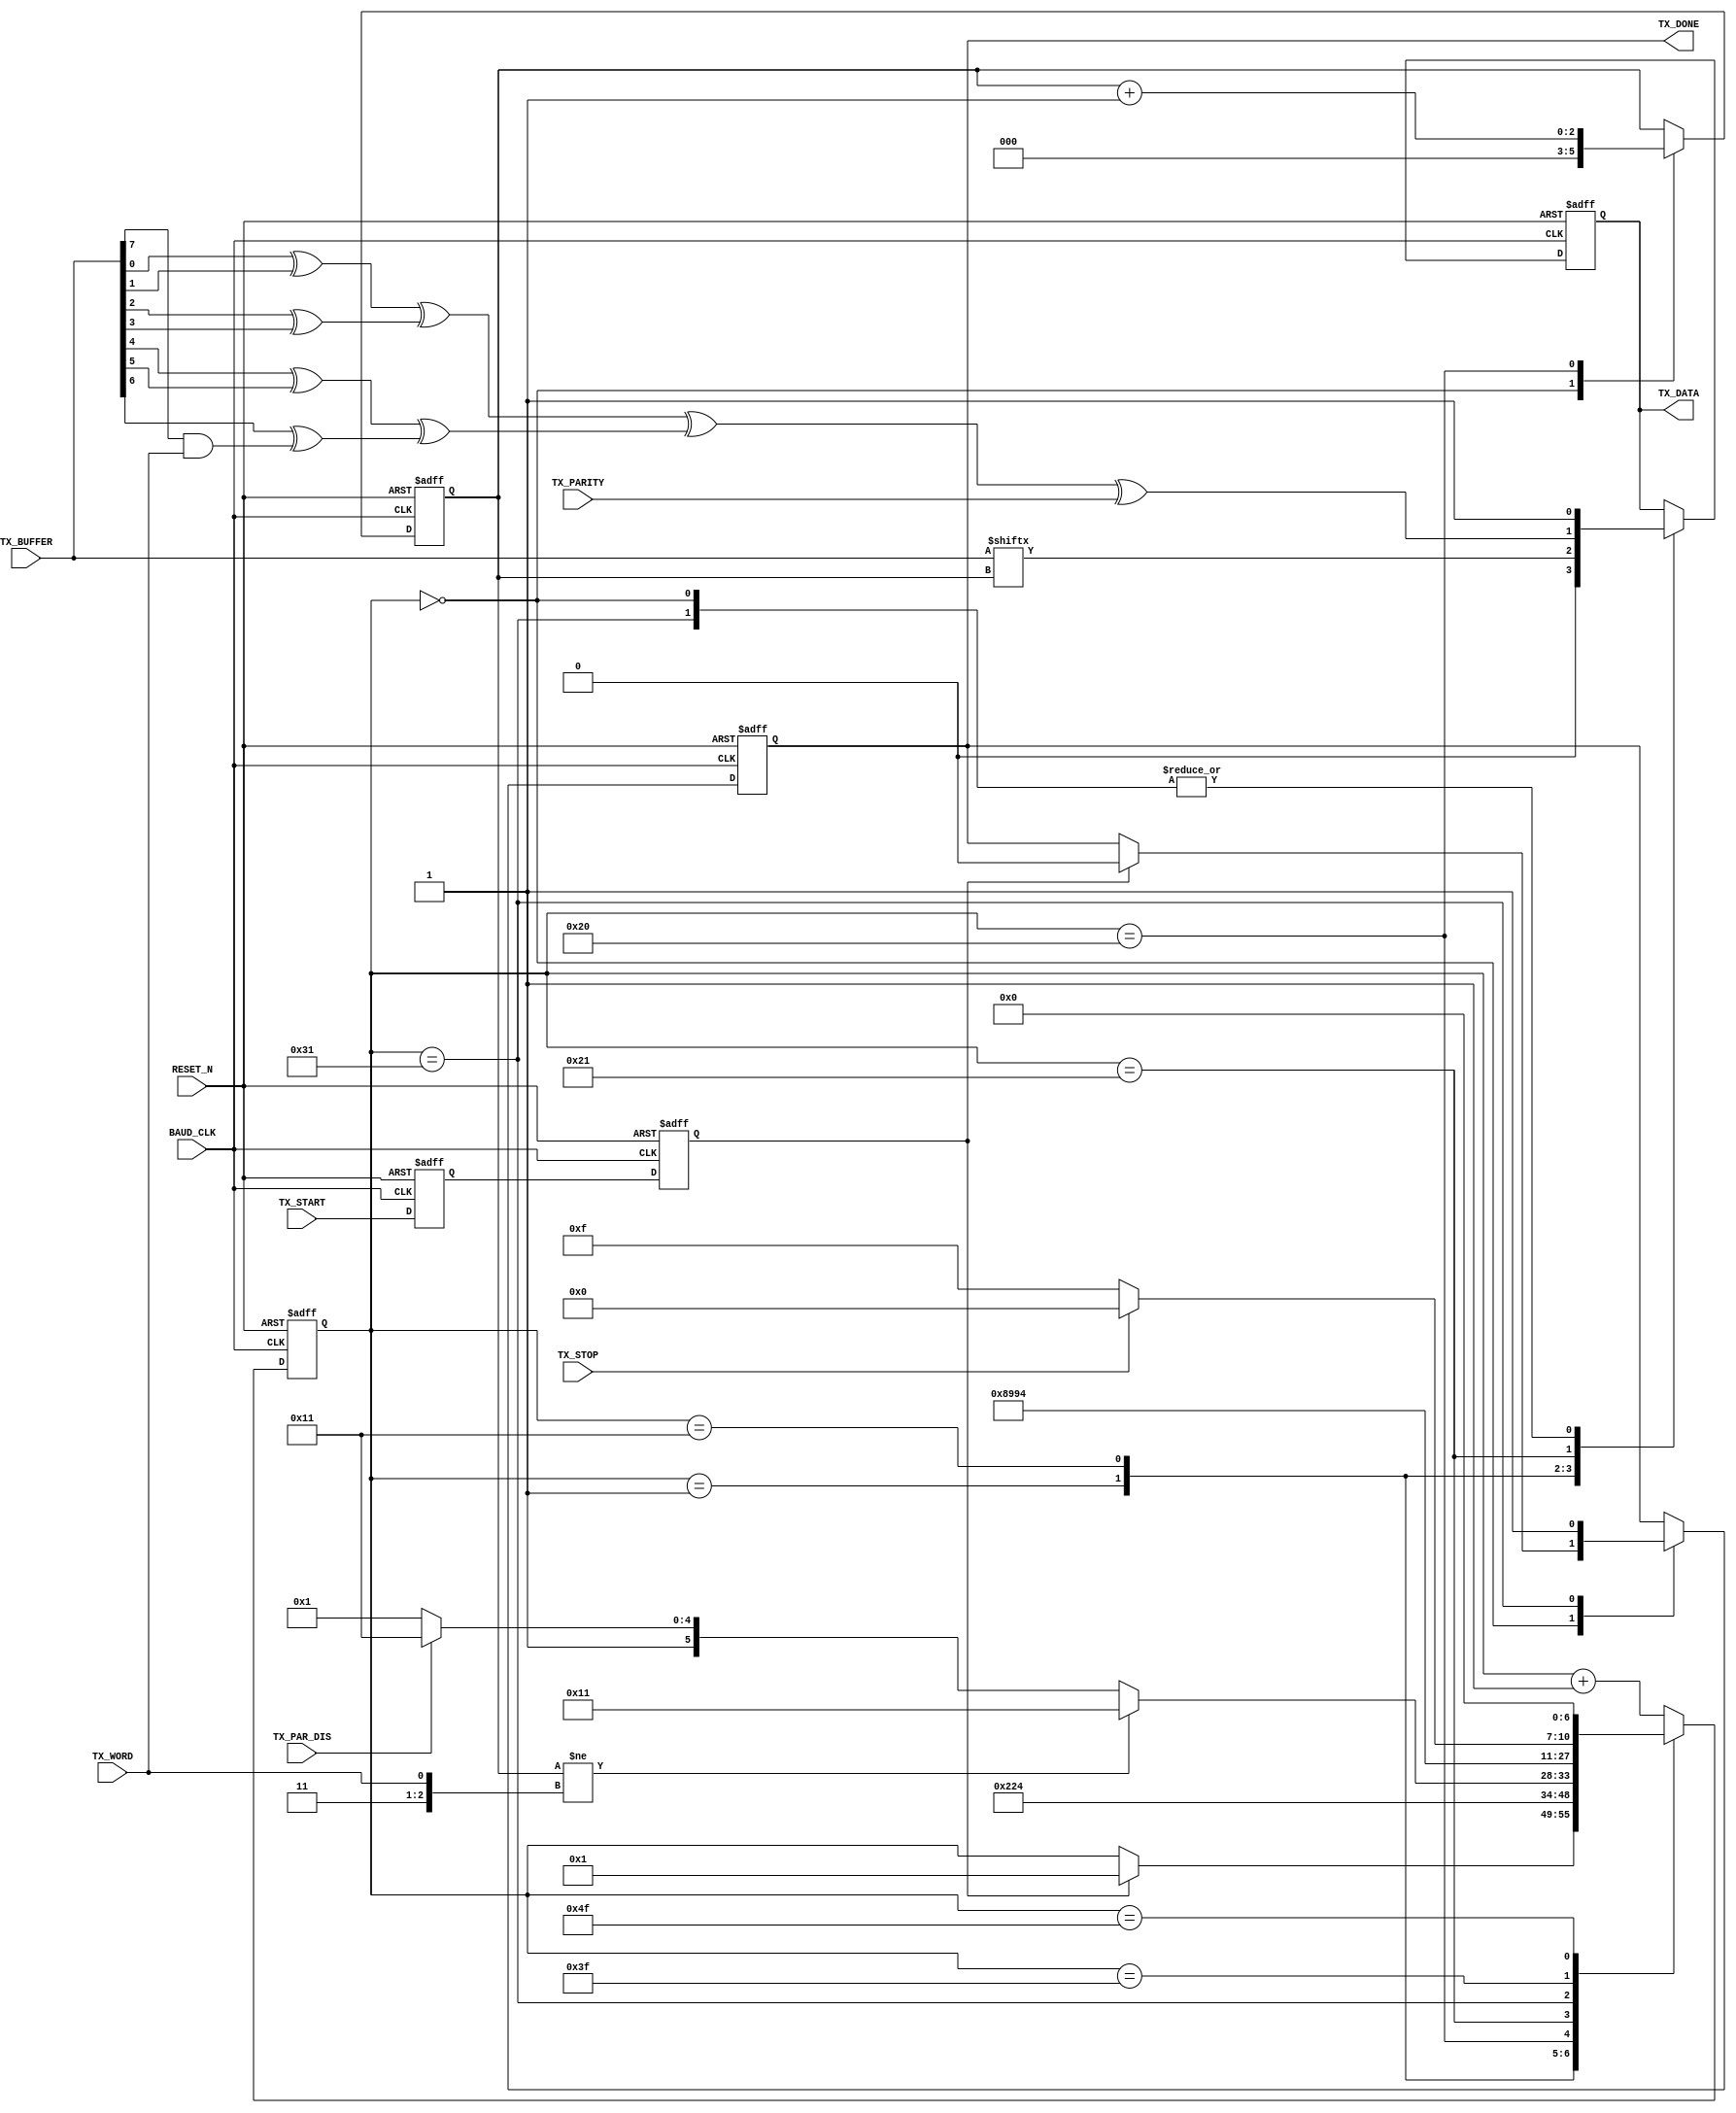
module UART_TX_2(
BAUD_CLK,
RESET_N,
TX_DATA,
TX_START,
TX_DONE,
TX_STOP,
TX_WORD,
TX_PAR_DIS,
TX_PARITY,
TX_BUFFER
);
input					BAUD_CLK;
input					RESET_N;
output				TX_DATA;
reg					TX_DATA;
input					TX_START;
output				TX_DONE;
reg					TX_DONE;
input					TX_STOP;
input					TX_WORD;
input					TX_PAR_DIS;
input					TX_PARITY;
input		[7:0]		TX_BUFFER;
reg		[6:0]		STATE;
reg		[2:0]		BIT;
wire					PARITY;
reg					TX_START0;
reg					TX_START1;
assign PARITY =	((TX_BUFFER[0] ^ TX_BUFFER[1])
					^	 (TX_BUFFER[2] ^ TX_BUFFER[3]))
					^	((TX_BUFFER[4] ^ TX_BUFFER[5])
					^	 (TX_BUFFER[6] ^ (TX_BUFFER[7] & TX_WORD))) 
					^	  TX_PARITY;
always @ (negedge BAUD_CLK or negedge RESET_N)
begin
	if(!RESET_N)
	begin
		STATE <= 7'b0000000;
		TX_DATA <= 1'b1;
		TX_DONE <= 1'b1;
		BIT <= 3'b000;
		TX_START0 <= 1'b0;
		TX_START1 <= 1'b0;
	end
	else
	begin
		TX_START0 <= TX_START;
		TX_START1 <= TX_START0;
		case (STATE)
		7'b0000000:
		begin
			BIT <= 3'b000;
			TX_DATA <= 1'b1;
			if(TX_START1)
			begin
				TX_DONE <= 1'b0;
				STATE <= 7'b0000001;
			end
		end
		7'b0000001:
		begin
			TX_DATA <= 1'b0;
			STATE <= 7'b0000010;
		end
		7'b0010001:
		begin
			TX_DATA <= TX_BUFFER[BIT];
			STATE <= 7'b0010010;
		end
		7'b0100000:
		begin
			BIT <= BIT + 1'b1;
			if(BIT != {2'b11, TX_WORD})
				STATE <= 7'b0010001;
			else
				if(!TX_PAR_DIS)
					STATE <= 7'b0100001;				
				else
					STATE <= 7'b0110001;				
		end
		7'b0100001:
		begin
			TX_DATA <= PARITY;
			STATE <= 7'b0100010;
		end
		7'b0110001:
		begin
			TX_DONE <= 1'b1;
			TX_DATA <= 1'b1;
			STATE <= 7'b0110010;
		end
		7'b0111111:
		begin
			if(!TX_STOP)
				STATE <= 7'b1001111;
			else
				STATE <= 7'b1000000;
		end
		7'b1001111:
		begin
			STATE <= 7'b0000000;
		end
		default: STATE <= STATE + 1'b1;
		endcase
	end
end
endmodule